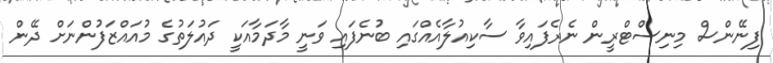
ފިނޭންސް މިނިސްޓްރީން ނެރެފައިވާ ސާކިއުލާއެއްގައި ބުނެފައި ވަނީ މާދަމާއަކީ ދައުލަތުގެ މުއައްޒަފުންނަށް ދޭން